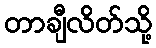
တာချီလိတ်သို့